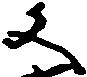
文